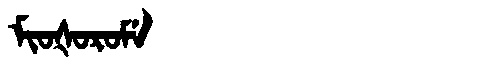
Manchu: ᠮᡳᠣᡧᠣᡵᠣᠮᡝ
Romanization: MIOŠOROME